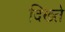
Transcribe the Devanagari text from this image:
दिख्ते